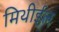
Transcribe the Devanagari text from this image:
मिथीईल